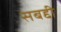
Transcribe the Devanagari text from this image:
सबद्दी